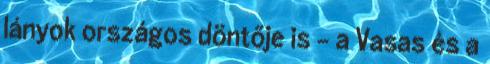
lányok országos döntője is - a Vasas és a